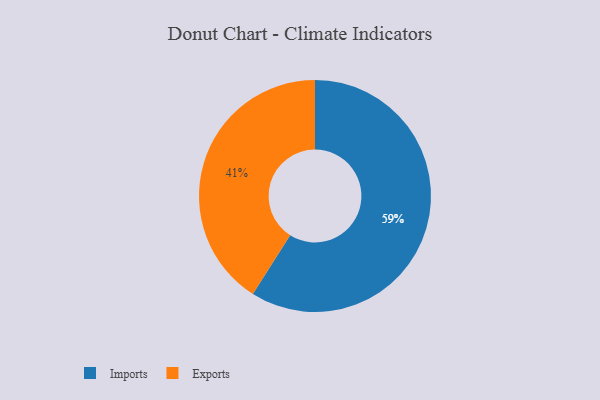
{"axis": {"x": "Category", "y": "Percentage"}, "legend": ["Exports", "Imports"], "data": [{"x": "Exports", "y": 41, "type": "Exports"}, {"x": "Imports", "y": 59, "type": "Imports"}]}